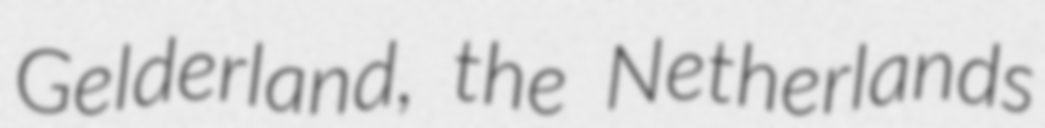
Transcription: Gelderland, the Netherlands